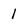
Character: 1